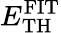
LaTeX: E_{\mathrm{TH}}^{\mathrm{FIT}}